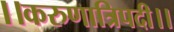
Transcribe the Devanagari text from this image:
।।करुणात्रिपदी।।